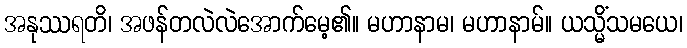
အနုဿရတိ၊ အဖန်တလဲလဲအောက်မေ့၏။ မဟာနာမ၊ မဟာနာမ်။ ယသ္မိံသမယေ၊